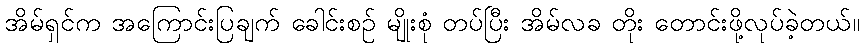
အိမ်ရှင်က အကြောင်းပြချက် ခေါင်းစဉ် မျိုးစုံ တပ်ပြီး အိမ်လခ တိုး တောင်းဖို့လုပ်ခဲ့တယ်။